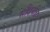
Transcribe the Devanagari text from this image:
सौंदर्यता